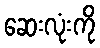
ဆေးလုံးကို